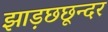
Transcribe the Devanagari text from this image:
झाड़छछून्दर